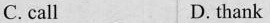
C. call D. thank